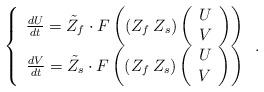
LaTeX: \begin{align*}\left\{ \begin{array}{c}\frac{dU}{dt}=\tilde{Z}_{f}\cdot F\left(\left(Z_{f}\:Z_{s}\right)\left(\begin{array}{c}U\\V\end{array}\right)\right)\\\frac{dV}{dt}=\tilde{Z}_{s}\cdot F\left(\left(Z_{f}\:Z_{s}\right)\left(\begin{array}{c}U\\V\end{array}\right)\right)\end{array}\right..\end{align*}